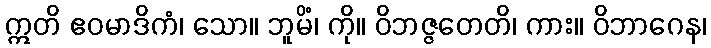
ဣတိ ဧဝမာဒိကံ၊ သော။ ဘူမိံ၊ ကို။ ဝိဘဇ္ဇတေတိ၊ ကား။ ဝိဘာဂေန၊